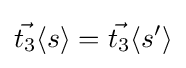
{\vec {t_{3}}}\langle s\rangle ={\vec {t_{3}}}\langle s'\rangle